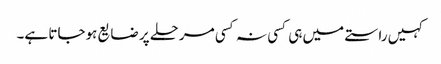
کہیں راستے میں ہی کسی نہ کسی مرحلے پر ضایع ہوجاتا ہے۔